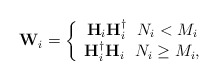
\begin{align*}\mathbf{W}_i=\left\{\begin{array}{cc}\mathbf{H}_i\mathbf{H}_i^\dagger\ \ N_i < M_i\\\mathbf{H}_i^\dagger\mathbf{H}_i\ \ N_i \geq M_i,\end{array}\right.\end{align*}